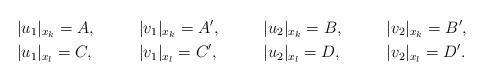
LaTeX: \begin{align*} &|u_1|_{x_k} = A ,& &|v_1|_{x_k} = A' ,& &|u_2|_{x_k} = B ,& &|v_2|_{x_k} = B', \\ &|u_1|_{x_l} = C ,& &|v_1|_{x_l} = C' ,& &|u_2|_{x_l} = D ,& &|v_2|_{x_l} = D'.\end{align*}